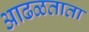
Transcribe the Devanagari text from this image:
आढळताता